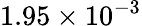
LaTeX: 1.95\times 10^{-3}